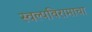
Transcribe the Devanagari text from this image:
स्वल्पविरामाचा